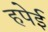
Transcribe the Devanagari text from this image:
हपेई